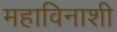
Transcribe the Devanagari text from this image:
महाविनाशी